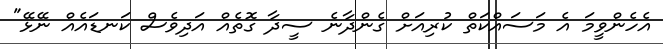
އެހެންވީމަ އެ މަސައްކަތް ކުރިއަށް ގެންދާނެ ސީދާ ގޮތެއް އަދިވެސް ކަނޑައެއް ނޭޅޭ"